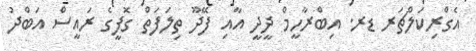
އެގްރިކަލްޗަރ ޑރ. އިބްރާހީމް ދީދީ އާއި ފޭދޫ ތިލަފަތް ގޮފީގެ ރައީސް އަބްދު